Indian journal of veterinary science and animal husbandry - Volume 5,
Year: 1935
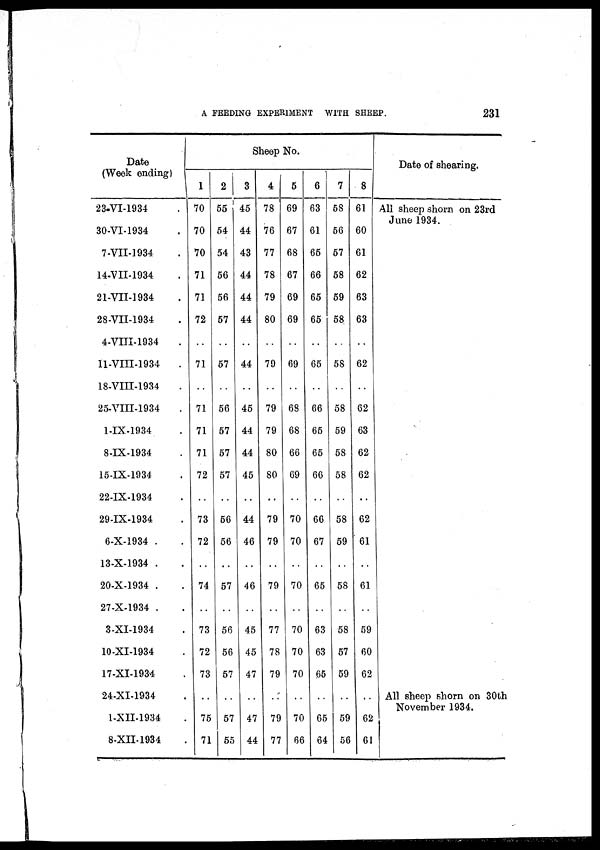
A FEEDING EXPERIMENT WITH SHEEP
231
Date
(Week ending)
23-VI-1934 .
30-VI-1934 .
7-VII-1934 .
14-VII-1934 .
21-VII-1934 .
28-VII-1934 .
4-VIII-1934 .
11-VIII-1934 .
18-VIII-1934 .
25-VIII-1934 .
l-IX-1934 .
8-IX-1934 .
15-IX-1934 .
22-IX-1934 .
29-IX-1934 .
6-X-1934 .
13-X-1934 .
20-X-1934 .
27-X-1934 .
3-XI-1934 .
10-XI-1934 .
17-XI-1934 .
24-XI-1934 .
l-XII-1934 .
8-XII-1934 .
Sheep No.
1
70
70
70
71
71
72
..
71
..
71
71
71
72
..
73
72
..
74
..
73
72
73
..
75
71
2
55
54
54
56
56
57
..
57
..
56
57
57
57
..
56
56
..
57
...
56
56
57
..
57
55
3
45
44
43
44
44
44
..
44
...
45
44
44
45
..
44
46
..
46
..
45
45
47
..
47
44
4
78
76
77
78
79
80
..
79
..
79
79
80
80
..
79
79
..
79
..
77
78
79
..
79
77
5
69
67
68
67
69
69
..
69
..
68
68
66
69
..
70
70
..
70
..
70
70
70
..
70
66
6
63
61
65
66
65
65
..
65
..
66
65
65
66
..
66
67
..
65
..
63
63
65
..
65
64
7
58
56
57
58
59
58
..
58
..
58
59
58
58
..
58
59
..
58
..
58
57
59
..
59
56
8
61
60
61
62
63
63
..
62
..
62
63
62
62
..
62
61
..
61
..
59
60
62
..
62
61
Date of shearing.
All sheep shorn on 23rd
June 1934.
All sheep shorn on 30th
November 1934.